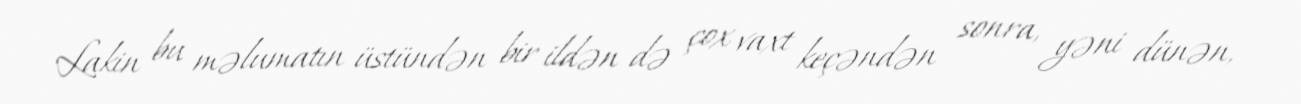
Lakin bu məlumatın üstündən bir ildən də çox vaxt keçəndən sonra, yəni dünən,